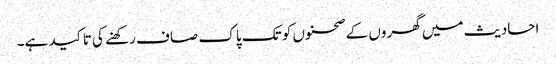
احادیث میں گھروں کے صحنوں کو تک پاک صاف رکھنے کی تاکید ہے۔